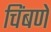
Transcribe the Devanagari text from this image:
चिंबणे